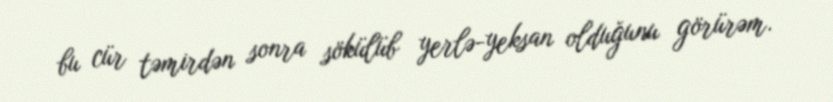
bu cür təmirdən sonra sökülüb yerlə-yeksan olduğunu görürəm.